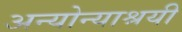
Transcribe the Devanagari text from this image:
अन्योन्याश्रयी